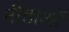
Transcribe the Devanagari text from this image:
नीताओं